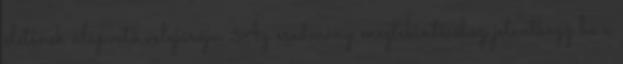
életének alapvető velejárója. Az eredmény megtekintéséhez jelentkezz be a